[Report on the health of British troops in the Madras command]
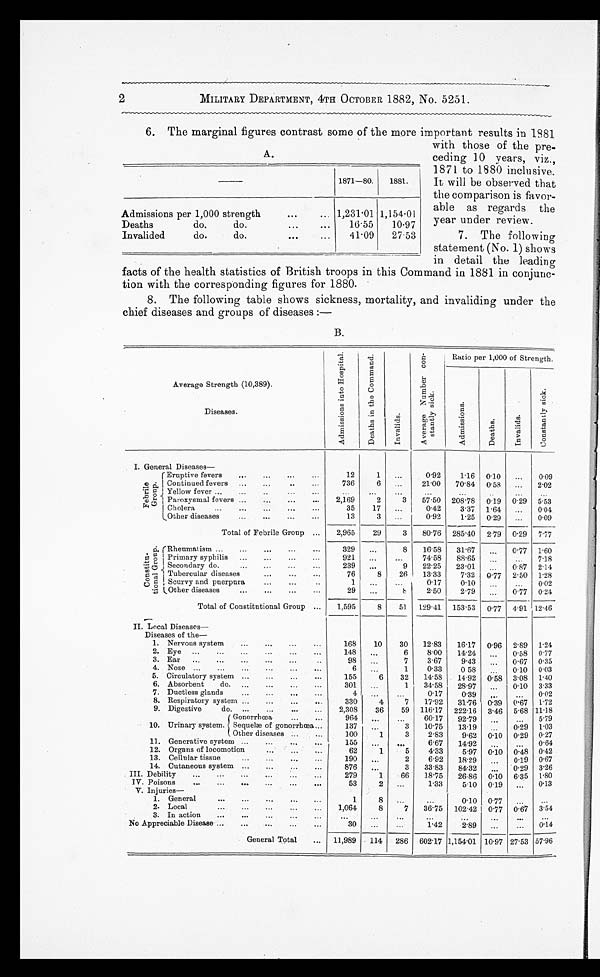
A.
1871—80.
1881.
Admissions per 1,000 strength . . . 1,231.01 1,154.01
Deaths
do.
do.
. . .
16.55
10.97
27.53
Invalided
do.
do.
. . .
41.09
2
MILITARY DEPARTMENT, 4TH OCTOBER 1882, No. 5251.
6. The marginal figures contrast some of the more important results in 1881
with those of the pre
-ceding 10 years, viz.,
1871 to 1880 inclusive.
It will be observed that
the comparison is favor-
-able as regards the
year under review.
7. The following
statement (No. 1) shows
in detail the eading
facts of the health statistics of British troops in this Command in 1881 in conjunc
-tion with the corresponding figures for 1880.
8. The following table shows sickness, mortality, and invaliding under the
chief diseases and groups of diseases :—
B.
Average Strength (10,389).
A d m i s s i o n s i n t o H o s p i t a l .
D e a t h s i n t h e C o m m a n d .
I n v a l i d s .
A v e r a g e N u m b e r c o n - s t a n t l y s i c k .
Ratio per 1,000 of Strength.
A d m i s s i o n s .
D e a t h s .
I n v a l i d s .
C o n s t a n t l y s i c k .
Diseases.
I. General Diseases
—
Eruptive fevers . . .
12
1
. . .
0.92
1.16 0. 10
. . . 0.09
Continued fevers . . .
736
6
. . . 21.00
70.84 0.58
. . . 2.02
F e b r i l e G r o u p . Yellow fever . . .
. . .
. . .
. . .
. . .
. . .
. . .
. . .
. . .
Paroxysmal fevers . . .
2,169
2
3
57.50 208.78
0.19 0.29 5.53
Cholera . . .
35
17
. . .
0.42
3.37 1.64
. . . 0.04
Other diseases . . .
13
3
. . .
0.92
1.25
0.29
. . . 0.09
Total of Febrile Group . . .
2,965
29
3
80.76 285.40
2.79 0.29 7.77
C o n s t i t u - t i o n a l G r o u p . Rheumatism . . .
329
. . .
8
16.58
31.67
. . .
0.77 1.60
Primary syphilis . . .
921
. . .
. . .
74.58
88.65 . . .
. . . 7.18
Secondary do. . . .
239
. . .
9
22.25
23.01
. . .
0 87 2.14
Tubercular diseases . . .
76
8
26
13.33
7.32
0.77 2.50 1.28
Scurvy and puerpura . . .
1
. . .
. . .
0.17
0.10
. . .
. . . 0.02
Other diseases . . .
29
. . .
8
2.50
2.79
. . .
0.77 0.24
Total of Constitutional Group . . .
1,595
8
51
129.41 153.53 0.77 4.91 12.46
II. Local Diseases
—
Diseases of the—
1.24
2.89
0.96
10
30
12.83
16.17
168
1. Nervous system . . .
2 . E y e . . .
14.8
. . .
6
8.00
14.24
. . .
0.58 0.77
3 . E a r . . .
98
. . .
7
3.67
9.43
. . .
0.67 0.35
4 . N o s e . . .
6
. . .
1
0.33
0.5 8 . . .
0.10 0.03
5. Circulatory system . . .
155
6
32
14.58
14.92 0.58 3.08 1.40
6. Absorbent
do. . . .
301
. . .
1
34.58
28.97
. . .
0.10 3.33
7. Ductless glands . . .
4
. . .
. . .
0.17
0.3 . . .
. . .
0.02
8. Respiratory system . . .
330
4
7
17.92
31.76 0.39 0.67 1.72
9. Digestive
do.
. . .
2,308
36
59 116.17
222.16 3.46 5.68 11.18
Gonorrhœa . . .
964
. . .
. . .
60.17
92.79
. . .
. . . 5.79
10. Urinary system. Sequelæ of gonorrhœa
. . .
137
. . .
3
10.75
13.19
. . .
0.29 1.03
Other diseases . . .
100
1
3
2.83
9.62 0.10 0.29 0.27
11. Generative system . . .
155
. . .
. . .
6.67
14.9
. . .
. . . 0.64
12. Organs of locomotion . . .
62
1
5
4.33
5.97 0.10 0.48 0.42
13. Cellular tissue . . .
190
. . .
2
6.92
18.29
. . .
0.19 0.67
14. Cutaneous system . . .
876
. . .
3
33.83
84.3
. . .
0.29 3.26
III. Debility . . .
279
1
66
18.75
26.86 0.10 6.35 1.80
IV. Poisons . . .
53
2
. . .
1.33
5.10 0.19
. . . 0.13
V. Injuries
—
1. General . . .
1
8
. . .
. . .
0.10 0.77
. . .
. . .
2. Local . . .
1,064
8
7
36.75 102.42 0.77 0.67 3.54
3 .In action . . .
. . .
. . .
. . .
. . .
. . .
. . .
. . . . . .
No Appreciable Disease . . .
30
. . .
. . .
1.42
2.89
. . .
. . .
0.14
General Total
. . .
11,989
114 286 602.17 1,154.01 10.97 27.53 57.96